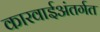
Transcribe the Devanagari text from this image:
कारवाईअंतर्गत